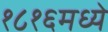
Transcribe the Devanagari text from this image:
१८१६मध्ये